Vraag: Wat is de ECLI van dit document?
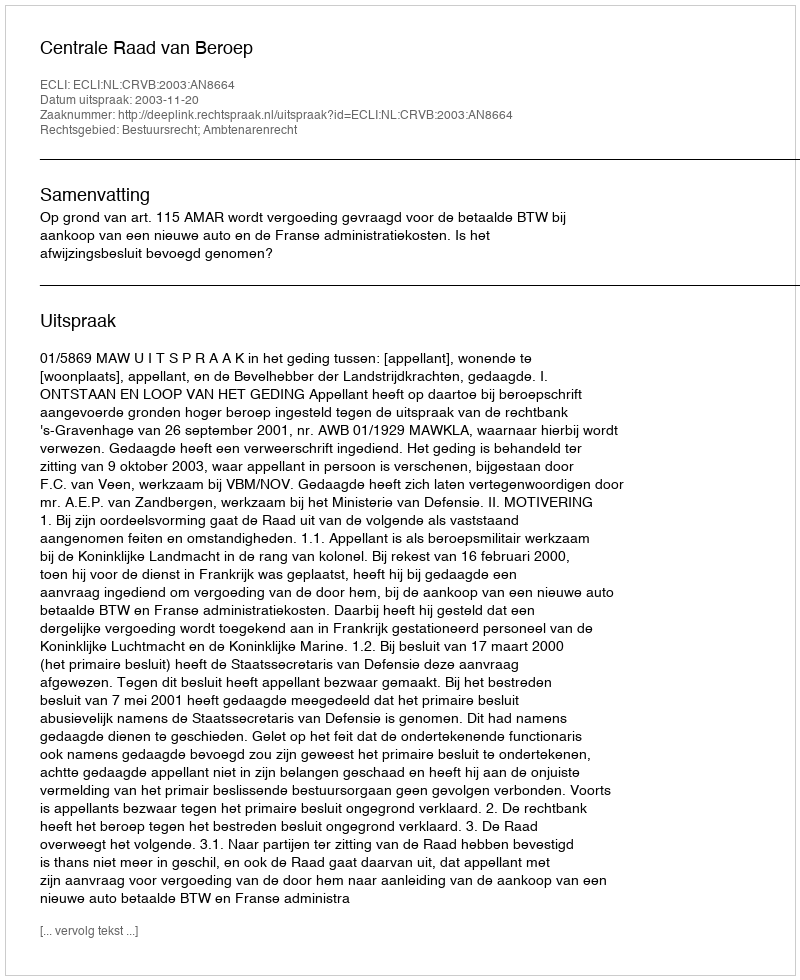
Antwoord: ECLI:NL:CRVB:2003:AN8664